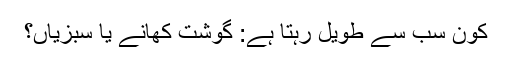
کون سب سے طویل رہتا ہے: گوشت کھانے یا سبزیاں؟